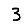
Digit: 3